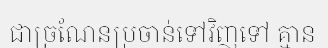
ជាច្រណែនប្រចាន់ទៅវិញទៅ គ្មាន